65_HS1-834228961_62-HQ-83894_Serial_164
Agency: FBI
Page 23
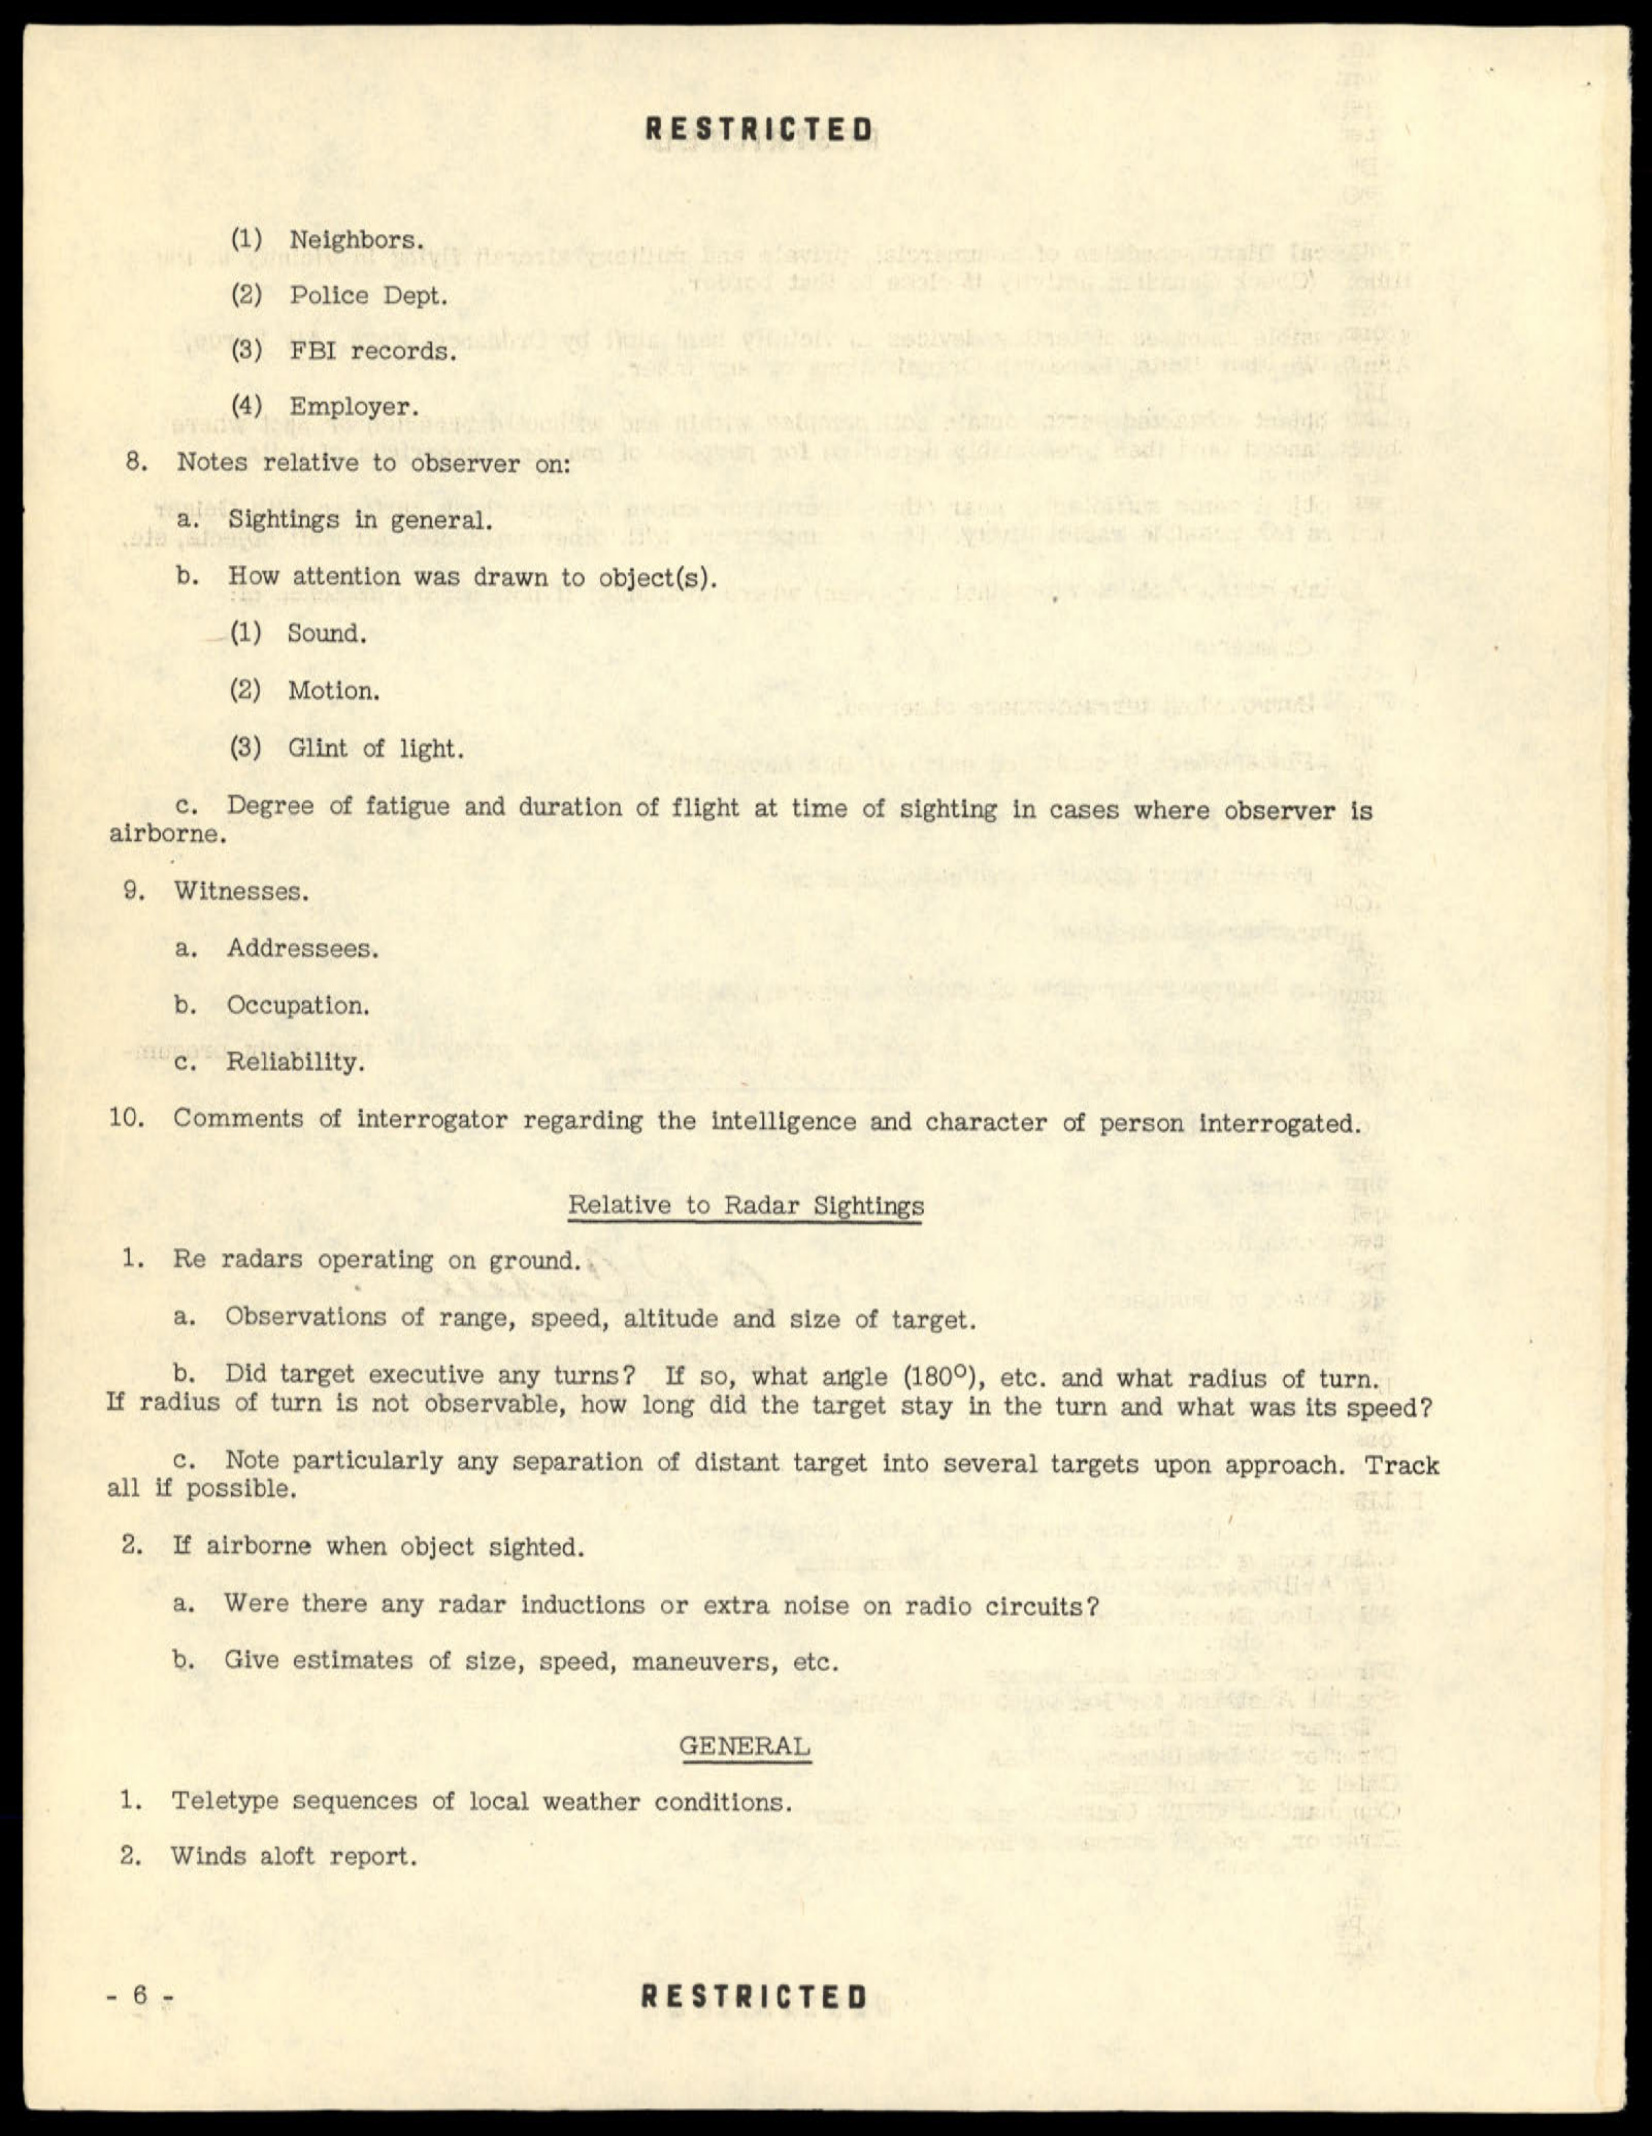